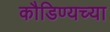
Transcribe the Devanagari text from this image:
कौडिण्यच्या